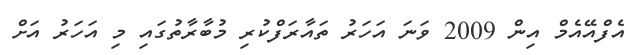
އެފްއޭއެމް އިން 2009 ވަނަ އަހަރު ތައާރަފްކުރި މުބާރާތުގައި މި އަހަރު އަށް